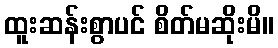
ထူးဆန်းစွာပင် စိတ်မဆိုးမိ။